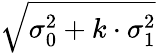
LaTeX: \sqrt{\sigma_{0}^{2}+k\cdot\sigma_{1}^{2}}